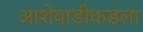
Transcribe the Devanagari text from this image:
आशेवाडीकडला